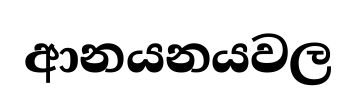
ආනයනයවල